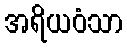
အရိယဝံသာ